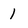
Character: 1